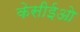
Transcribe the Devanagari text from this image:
केसीईओ